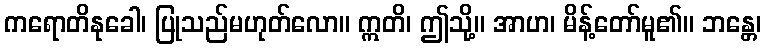
ကရောတိနုခေါ၊ ပြုသည်မဟုတ်လော။ ဣတိ၊ ဤသို့။ အာဟ၊ မိန့်တော်မူ၏။ ဘန္တေ၊